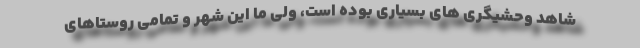
شاهد وحشیگری های بسیاری بوده است، ولی ما این شهر و تمامی روستاهای